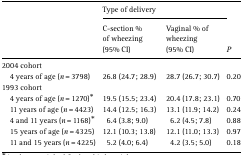
<table><thead><tr><td></td><td colspan="3"><b>Type of delivery</b></td></tr><tr><td></td><td><b>C-section % of wheezing (95% CI)</b></td><td><b>Vaginal % of wheezing (95% CI)</b></td><td><b><i>P</i></b></td></tr></thead><tbody><tr><td colspan="4">2004 cohort</td></tr><tr><td> 4 years of age (<i>n</i>=3798)</td><td>26.8 (24.7; 28.9)</td><td>28.7 (26.7; 30.7)</td><td>0.20</td></tr><tr><td colspan="4">1993 cohort</td></tr><tr><td> 4 years of age (<i>n</i>=1270)*</td><td>19.5 (15.5; 23.4)</td><td>20.4 (17.8; 23.1)</td><td>0.70</td></tr><tr><td> 11 years of age (<i>n</i>=4423)</td><td>14.4 (12.5; 16.3)</td><td>13.1 (11.9; 14.2)</td><td>0.24</td></tr><tr><td> 4 and 11 years (<i>n</i>=1168)*</td><td>6.4 (3.8; 9.0)</td><td>6.2 (4.5; 7.8)</td><td>0.88</td></tr><tr><td> 15 years of age (<i>n</i>=4325)</td><td>12.1 (10.3; 13.8)</td><td>12.1 (11.0; 13.3)</td><td>0.97</td></tr><tr><td> 11 and 15 years (<i>n</i>=4225)</td><td>5.2 (4.0; 6.4)</td><td>4.2 (3.5; 5.0)</td><td>0.18</td></tr></tbody></table>